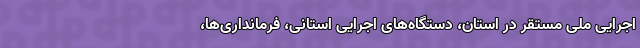
اجرایی ملی مستقر در استان، دستگاه‌های اجرایی استانی، فرمانداری‌ها،